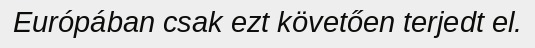
Európában csak ezt követően terjedt el.